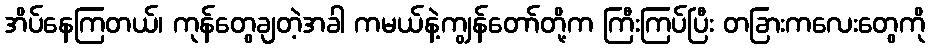
အိပ်နေကြတယ်၊ ကုန်တွေချတဲ့အခါ ကမယ်နဲ့ကျွန်တော်တို့က ကြီးကြပ်ပြီး တခြားကလေးတွေကို